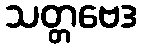
သတ္တဗေဒ